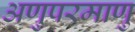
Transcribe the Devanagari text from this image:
अणुपरमाणु